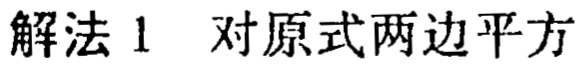
解法 1 对原式两边平方